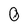
Character: O